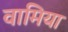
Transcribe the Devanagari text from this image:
वामिया